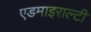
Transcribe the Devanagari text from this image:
एडमाइराल्टी